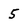
Character: 5